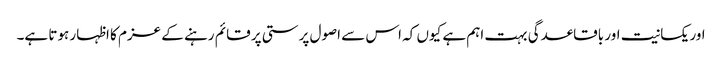
اور یکسانیت اور باقاعدگی بہت اہم ہے کیوں کہ اس سے اصول پرستی پر قائم رہنے کے عزم کا اظہار ہوتا ہے۔